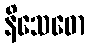
နိသေဓော